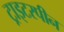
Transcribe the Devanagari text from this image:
ट्राइटरपीन